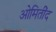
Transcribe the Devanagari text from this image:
ओमितींद